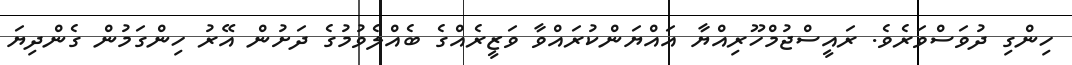
ހިންގި ދުވަސްވަރެވެ. ރައީސްޖުމްހޫރިއްޔާ އައްޔަންކުރައްވާ ވަޒީރެއްގެ ބެެއްލެވުމުގެ ދަށުން އޭރު ހިންގަމުން ގެންދިޔަ